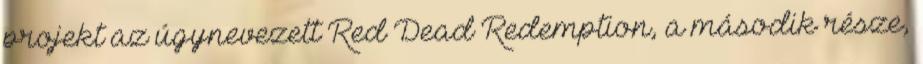
projekt az úgynevezett Red Dead Redemption, a második része,